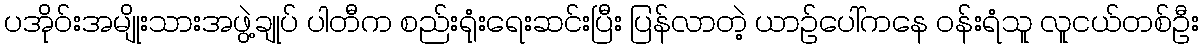
ပအိုဝ်းအမျိုးသားအဖွဲ့ချုပ် ပါတီက စည်းရုံးရေးဆင်းပြီး ပြန်လာတဲ့ ယာဉ်ပေါ်ကနေ ဝန်းရံသူ လူငယ်တစ်ဦး